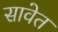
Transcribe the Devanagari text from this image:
सावेत